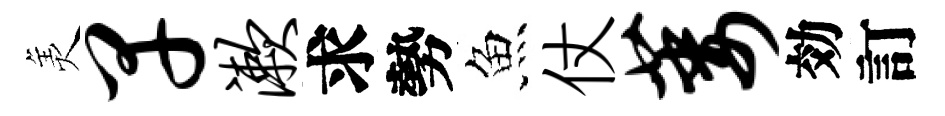
羙早漱求勢魚仗萎効訂